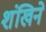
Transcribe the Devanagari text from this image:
शंखिने